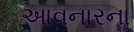
આવનારના